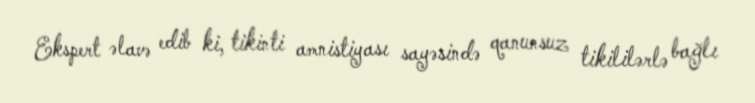
Ekspert əlavə edib ki, tikinti amnistiyası sayəsində qanunsuz tikililərlə bağlı